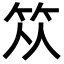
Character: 𥬈